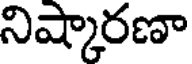
నిష్కారణా